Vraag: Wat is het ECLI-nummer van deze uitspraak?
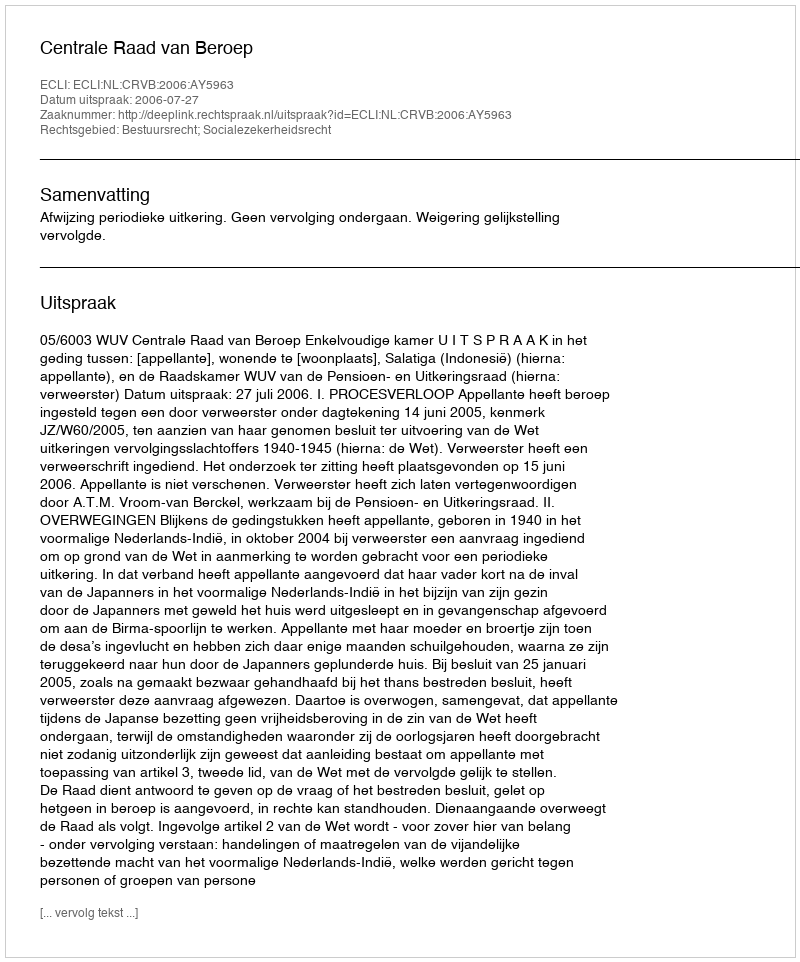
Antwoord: ECLI:NL:CRVB:2006:AY5963